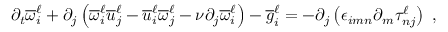
\partial _ { t } \overline { { \omega } } _ { i } ^ { \ell } + \partial _ { j } \left( \overline { { \omega } } _ { i } ^ { \ell } \overline { { u } } _ { j } ^ { \ell } - \overline { { u } } _ { i } ^ { \ell } \overline { { \omega } } _ { j } ^ { \ell } - \nu \partial _ { j } \overline { { \omega } } _ { i } ^ { \ell } \right) - \overline { { g } } _ { i } ^ { \ell } = - \partial _ { j } \left( \epsilon _ { i m n } \partial _ { m } \tau _ { n j } ^ { \ell } \right) \ ,